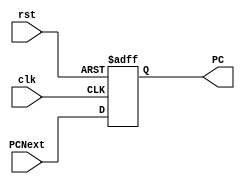
module pc(clk, rst, PCNext, PC);
	
	input clk, rst;
	input [31:0] PCNext;
	output reg [31:0] PC;
	
	always @(posedge clk, posedge rst) begin
		if (rst)
			PC <= 32'b0;
		else
			PC <= PCNext;
	end
	
endmodule